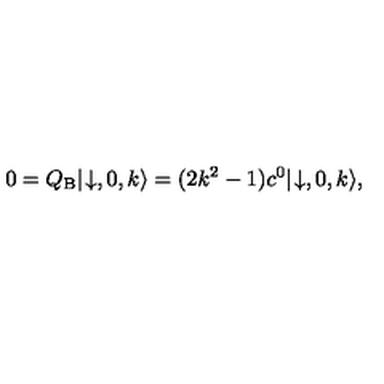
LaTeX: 0 = Q _ { \mathrm { B } } | \! \downarrow , 0 , k \rangle = ( 2 k ^ { 2 } - 1 ) c ^ { 0 } | \! \downarrow , 0 , k \rangle ,